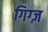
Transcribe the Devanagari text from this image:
गिग्ज़